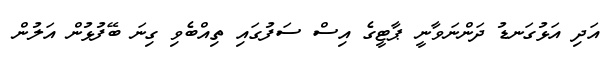
އަދި އަޅުގަނޑު ދަންނަވާނީ ޕާޓީގެ އިސް ސަފުގައި ތިއްބެވި ގިނަ ބޭފުޅުން އަލުން